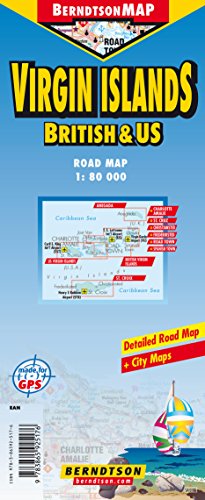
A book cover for Virgin Islands, US & British (English and German Edition); K. Berndtson; Travel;